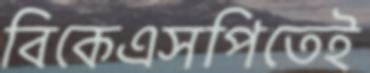
বিকেএসপিতেই